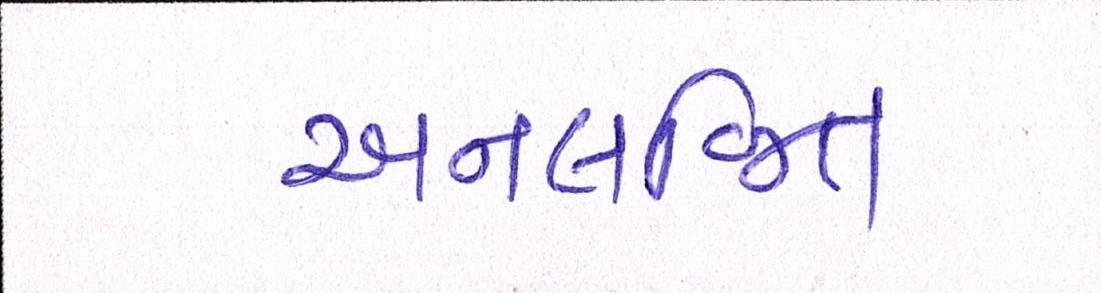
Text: અનલજિત